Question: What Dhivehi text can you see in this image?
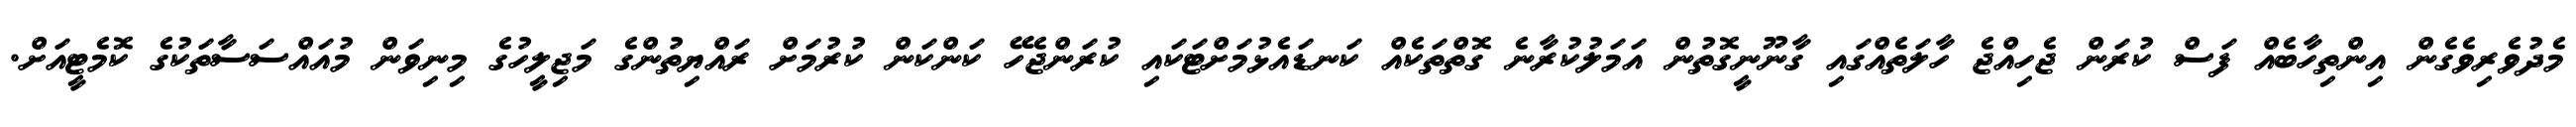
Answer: މެދުވެރިވެގެން އިންތިހާބެއް ފަސް ކުރަން ޖެހިއްޖެ ހާލަތެއްގައި ގާނޫނީގޮތުން އަމަލުކުރާނެ ގޮތްތަކެއް ކަނޑައެޅުމަށްޓަކައި ކުރަންޖެހޭ ކަންކަން ކުރުމަށް ރައްޔިތުންގެ މަޖިލީހުގެ މިނިވަން މުއައްސަސާތަކުގެ ކޮމެޓީއަށް.